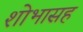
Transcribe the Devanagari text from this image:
शोभासह